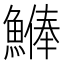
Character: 𩺨